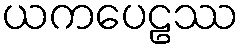
ယကပေဠဿ